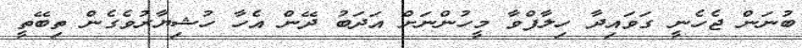
ބުނަން ޖެހެނީ ގަވައިދާ ހިލާފްވާ މީހުންނަށް އަދަބު ދޭން އެހާ ހުޝިޔާރުވެގެން ތިބޭތީ